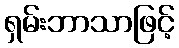
ရှမ်းဘာသာဖြင့်